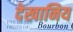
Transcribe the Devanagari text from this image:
देखानिय